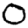
Digit: 0